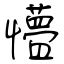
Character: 懵